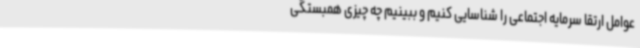
عوامل ارتقا سرمایه اجتماعی را شناسایی کنیم و ببینیم چه چیزی همبستگی